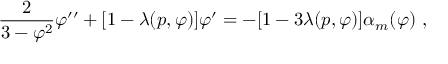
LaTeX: { \frac { 2 } { 3 - \varphi ^ { 2 } } } \varphi ^ { \prime \prime } + [ 1 - \lambda ( p , \varphi ) ] \varphi ^ { \prime } = - [ 1 - 3 \lambda ( p , \varphi ) ] \alpha _ { m } ( \varphi ) \ ,